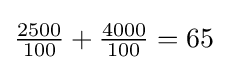
{\tfrac {2500}{100}}+{\tfrac {4000}{100}}=65